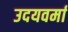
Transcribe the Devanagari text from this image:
उदयवर्मा